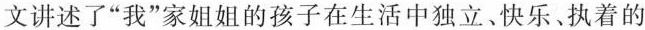
文讲述了”我”家姐姐的孩子在生活中独立快乐﹑执着的